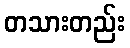
တသားတည်း